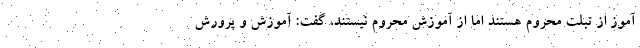
آموز از تبلت محروم هستند اما از آموزش محروم نیستند، گفت: آموزش و پرورش